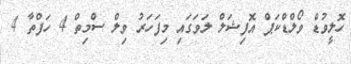
ހޮލީވުޑް ވޯލްޑްކަޕް އޮފިޝަލް ލަވަގައި މިފަހަރު ވިލް ސްމިތް 4 ހަފްތާ 4